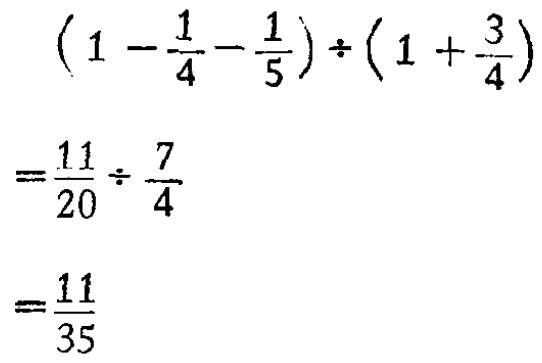
\((1 - \frac{1}{4} - \frac{1}{5}) \div (1 + \frac{3}{4})\\

=\frac{11}{20} \div \frac{7}{4}\\

=\frac{11}{35}\)